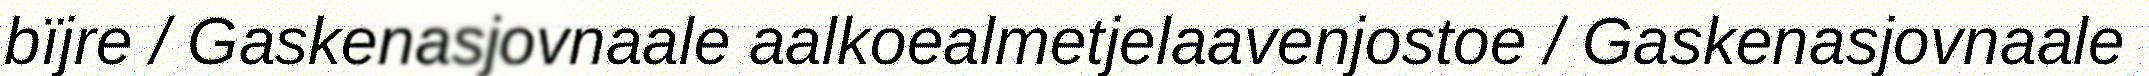
bïjre / Gaskenasjovnaale aalkoealmetjelaavenjostoe / Gaskenasjovnaale